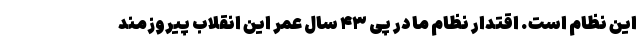
این نظام است. اقتدار نظام ما در پی ۴۳ سال عمر این انقلاب پیروزمند